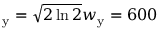
_ \mathrm { y } = \sqrt { 2 \ln 2 } w _ { \mathrm { y } } = 6 0 0